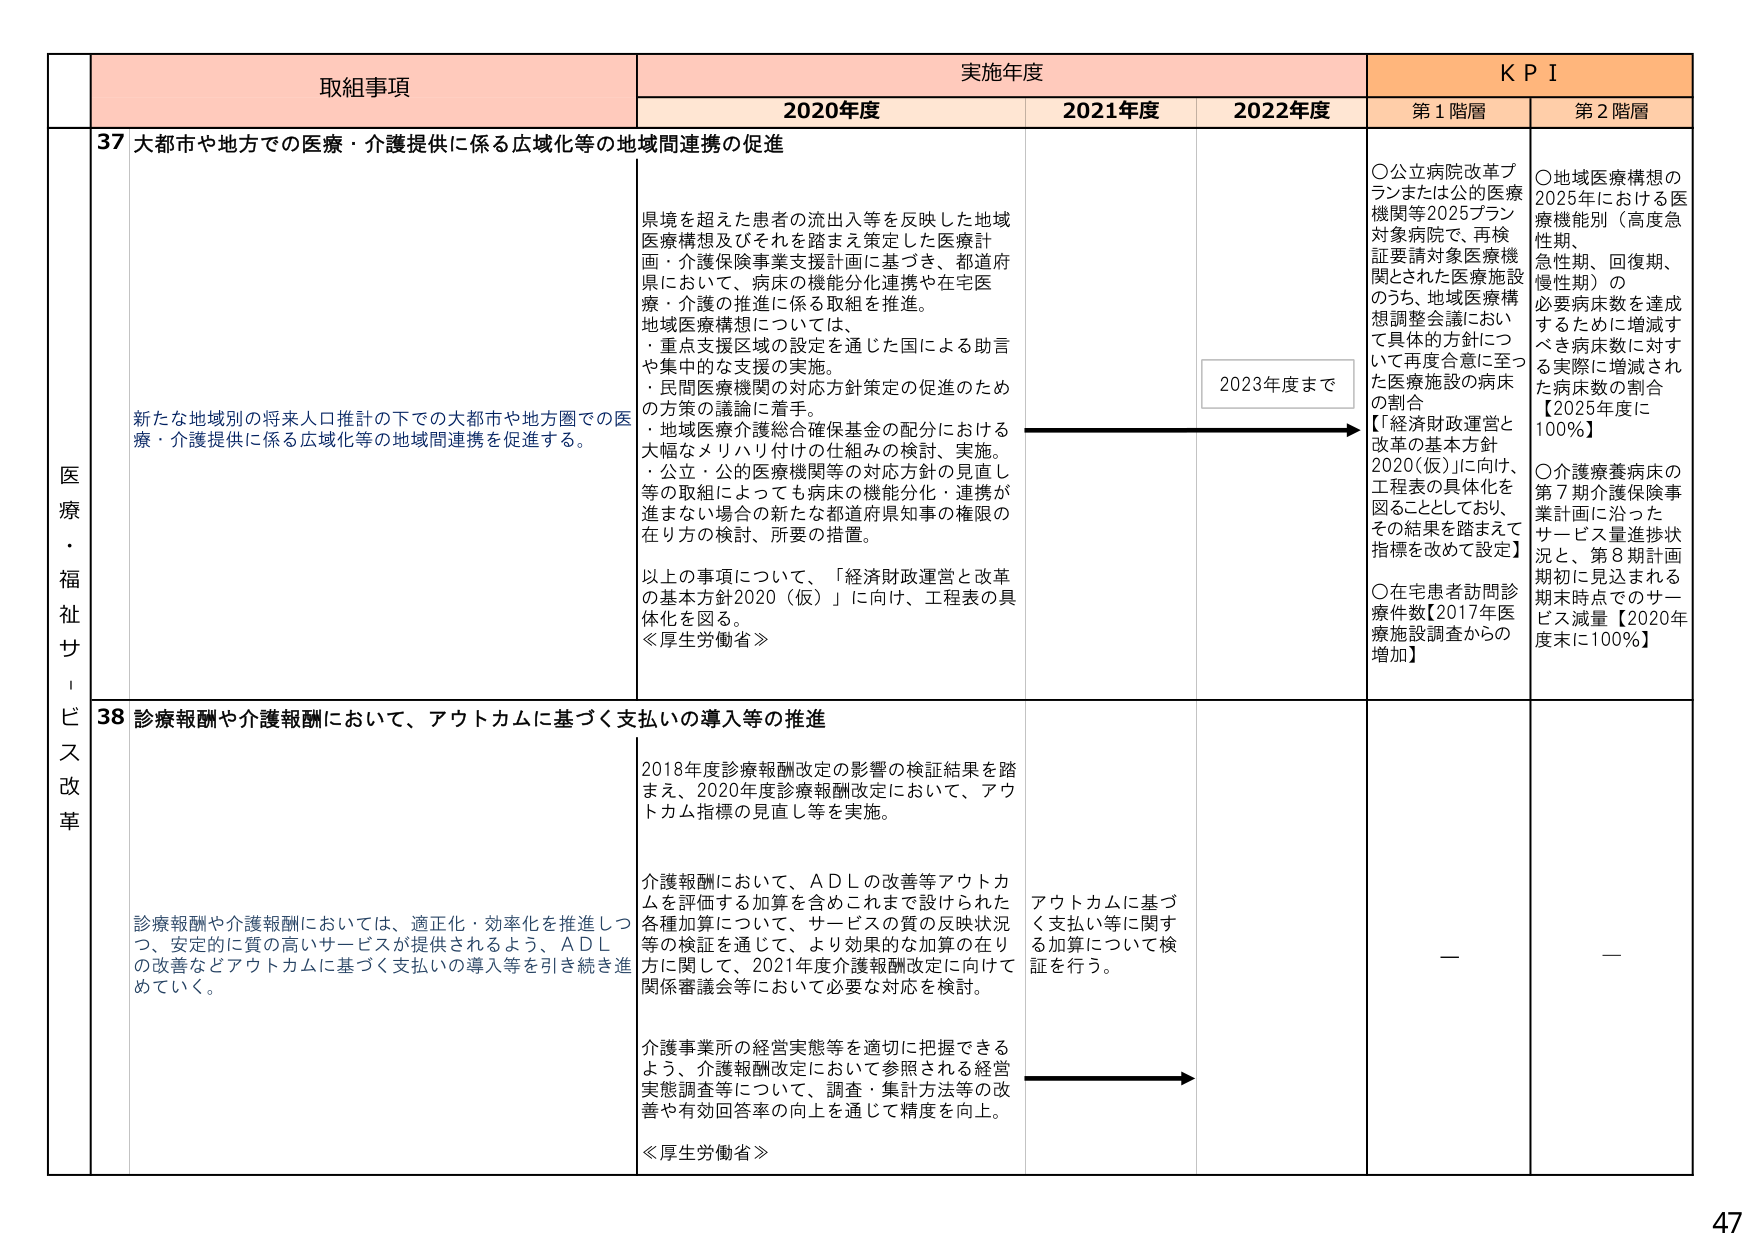
医療・福祉サービス改革

取組事項
実施年度
KPI

2020年度
2021年度
2022年度
第1階層
第2階層

37 大都市や地方での医療・介護提供に係る広域化等の地域間連携の促進

県境を超えた患者の流出入等を反映した地域医療構想及びそれを踏まえ策定した医療計画・介護保険事業支援計画に基づき、都道府県において、病床の機能分化連携や在宅医療・介護の推進に係る取組を推進。

地域医療構想については、
・重点支援区域の設定を通じた国による助言や集中的な支援の実施。
・民間医療機関の対応方針策定の促進のための方策の議論に着手。
・地域医療介護総合確保基金の配分における大幅なメリハリ付けの仕組みの検討、実施。
・公立・公的医療機関等の対応方針の見直し等の取組によっても病床の機能分化・連携が進まない場合の新たな都道府県知事の権限の在り方の検討、所要の措置。

以上の事項について、「経済財政運営と改革の基本方針2020（仮）」に向け、工程表の具体化を図る。
≪厚生労働省≫

2023年度まで

○公立病院改革プランまたは公的医療機関等2025プラン対象病院で、再検証要請対象医療機関とされた医療施設のうち、地域医療構想調整会議において具体的方針について再度合意に至った医療施設の病床の割合
【「経済財政運営と改革の基本方針2020（仮）」に向け、工程表の具体化を図ることとしており、その結果を踏まえて指標を改めて設定】

○在宅患者訪問診療件数【2017年医療施設調査からの増加】

○地域医療構想の2025年における医療機能別（高度急性期、急性期、回復期、慢性期）の必要病床数を達成するために増減すべき病床数に対する実際に増減された病床数の割合【2025年度に100％】

○介護療養病床の第7期介護保険事業計画に沿ったサービス量進捗状況と、第8期計画期初に見込まれる期末時点でのサービス減量【2020年度末に100％】

新たな地域別の将来人口推計の下での大都市や地方圏での医療・介護提供に係る広域化等の地域間連携を促進する。

38 診療報酬や介護報酬において、アウトカムに基づく支払いの導入等の推進

2018年度診療報酬改定の影響の検証結果を踏まえ、2020年度診療報酬改定において、アウトカム指標の見直し等を実施。

介護報酬において、ADLの改善等アウトカムを評価する加算を含めこれまで設けられた各種加算について、サービスの質の反映状況等の検証を通じて、より効果的な加算の在り方に関して、2021年度介護報酬改定に向けて関係審議会等において必要な対応を検討。

介護事業所の経営実態等を適切に把握できるよう、介護報酬改定において参照される経営実態調査等について、調査・集計方法等の改善や有効回答率の向上を通じて精度を向上。
≪厚生労働省≫

アウトカムに基づく支払い等に関する加算について検証を行う。

—

—

診療報酬や介護報酬においては、適正化・効率化を推進しつつ、安定的に質の高いサービスが提供されるよう、ADLの改善などアウトカムに基づく支払いの導入等を引き続き進めていく。

47